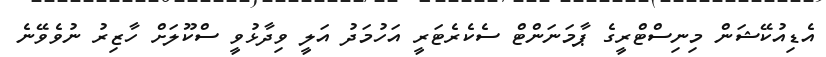
އެޑިއުކޭޝަން މިނިސްޓްރީގެ ޕާމަނަންޓް ސެކެރެޓަރީ އަހުމަދު އަލީ ވިދާޅުވީ ސްކޫލަށް ހާޒިރު ނުވެވޭނެ